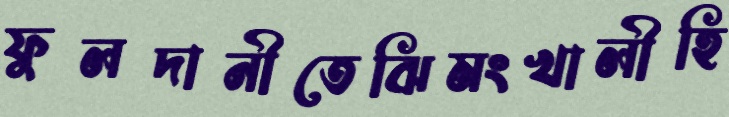
ফুলদানীতেঝিমংখালীহি